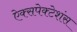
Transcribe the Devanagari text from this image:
ऐक्सपेक्टेशंस